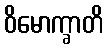
ဝိမောက္ခာတိ